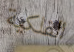
الفلكية